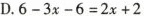
D.$$6-3x-6=2x+2$$